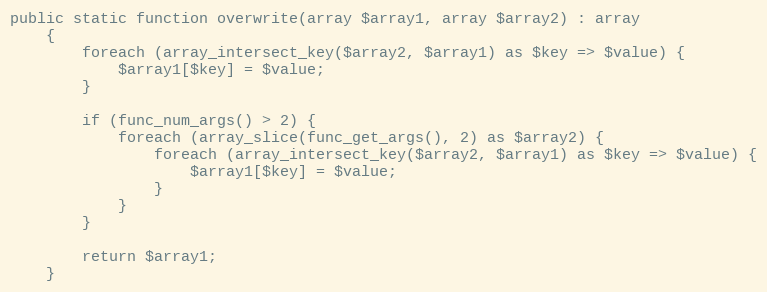
Language: PHP
public static function overwrite(array $array1, array $array2) : array
    {
        foreach (array_intersect_key($array2, $array1) as $key => $value) {
            $array1[$key] = $value;
        }

        if (func_num_args() > 2) {
            foreach (array_slice(func_get_args(), 2) as $array2) {
                foreach (array_intersect_key($array2, $array1) as $key => $value) {
                    $array1[$key] = $value;
                }
            }
        }

        return $array1;
    }